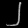
Digit: ၂